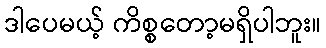
ဒါပေမယ့် ကိစ္စတော့မရှိပါဘူး။